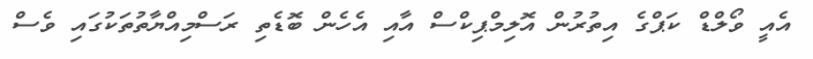
އެއީ ވޯލްޑް ކަޕްގެ އިތުރުން އޮލިމްޕިކްސް އާއި އެހެން ބޮޑެތި ރަސްމިއްޔާތުތަކުގައި ވެސް